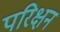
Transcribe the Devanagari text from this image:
परिक्षन